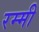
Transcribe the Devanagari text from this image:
रम्मी